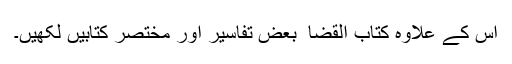
اس کے علاوہ کتاب القضا ٗ بعض تفاسیر اور مختصر کتابیں لکھیں۔